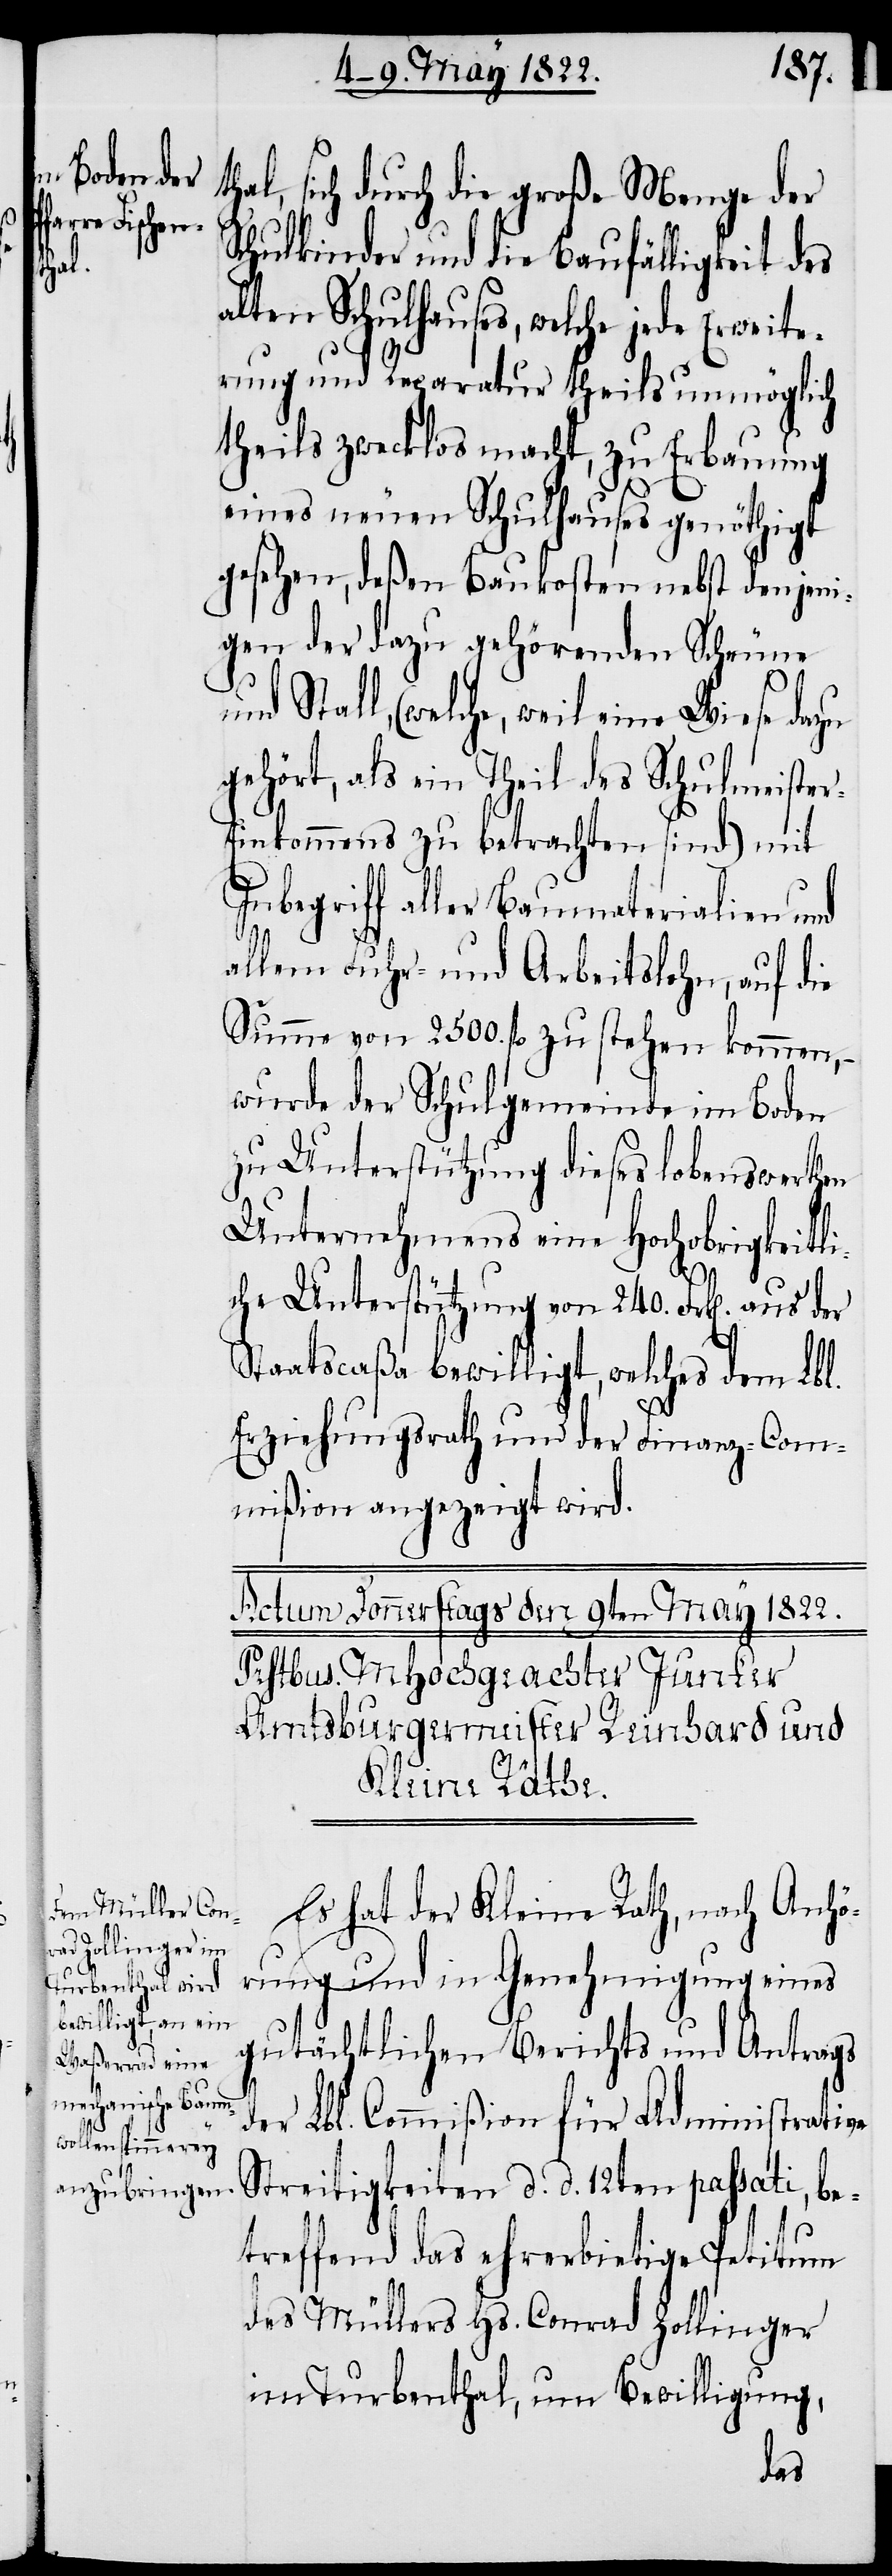
besondern
r-E¬

nach geschehener

thal, sich durch die große Menge der
Schulkinder und die Baufälligkeit des
alten Schulhauses, welche jede Erweite¬
rung und Reparatur theils unmöglich
theils zwecklos macht, zu Erbauung
eines neuen Schulhauses genöthigt
gesehen, deßen Baukosten nebst denjeni¬
gen der dazu gehörenden Scheune
und Stall, (welche, weil eine Wiese dazu
gehört, als ein Theil des Schulmeiste¬
inkommens zu betrachten sind) mit
Inbegriff aller Baumaterialien und
allem Fuhr- und Arbeitslohn, auf die
Summe von 2500. fl. zu stehen kommen,
wurde der Schulgemeinde im Boden
zu Unterstützung dieses lobenswerthen
Unternehmens eine hochobrigkeitli¬
che Unterstützung von 240. Frk[en]. aus
Staatscaßa bewilligt, welches dem Lbl.
Erziehungsrath und der Finanz-Com¬
mißion angezeigt wird.
Es hat der Kleine Rath, nach Anhö¬
rung und in Genehmigung eines
gutächtlichen Berichts und Antrags
der Lbl. Commißion für Administrative
Streitigkeiten d. d. 12ten passati, be¬
treffend das ehererbietige Petitum
des Müllers Hs. Conrad Zollinger
im Turbenthal, um Bewilligung,
diese